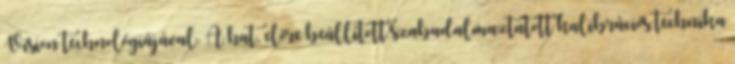
Vision technológiájával. A hat, előre beállított szabadalmaztatott kalibrációs technika